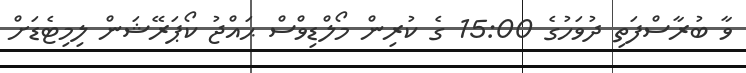
ވާ ބުރާސްފަތި ދުވަހުގެ 15:00 ގެ ކުރިން މޯލްޑިވްސް ޙައްޖު ކޯޕަރޭޝަން ލިމިޓެޑަށް